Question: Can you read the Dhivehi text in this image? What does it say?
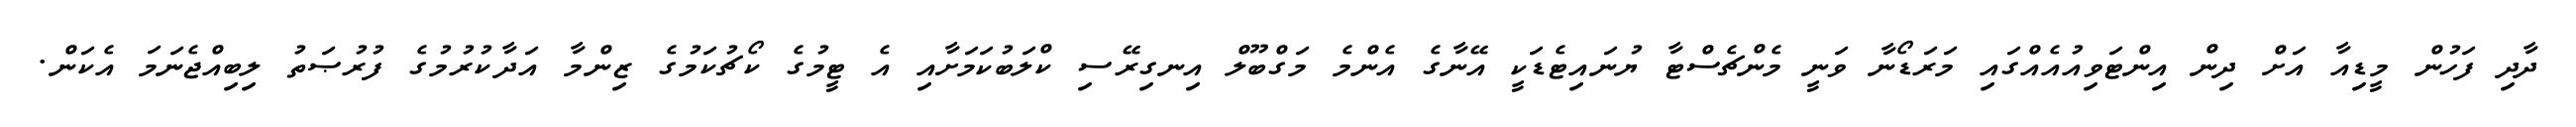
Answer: ދާދި ފަހުން މީޑިއާ އަށް ދިން އިންޓަވިއުއެއްގައި މަރަޑޯނާ ވަނީ މެންޗެސްޓާ ޔުނައިޓެޑަކީ އޭނާގެ އެންމެ މަގްބޫލް އިނގިރޭސި ކްލަބުކަމަށާއި އެ ޓީމުގެ ކޯޗުކަމުގެ ޒިންމާ އަދާކުރުމުގެ ފުރުޞަތު ލިބިއްޖެނަމަ އެކަން.